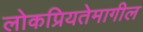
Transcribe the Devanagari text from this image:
लोकप्रियतेमागील